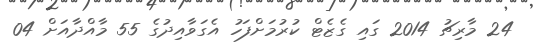
24 މާރިޗު 2014 ގައި ގެޒެޓް ކުރުމަށްފަހު އެގަވާއިދުގެ 55 މާއްދާއަށް 04